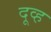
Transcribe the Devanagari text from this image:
दूव्ह